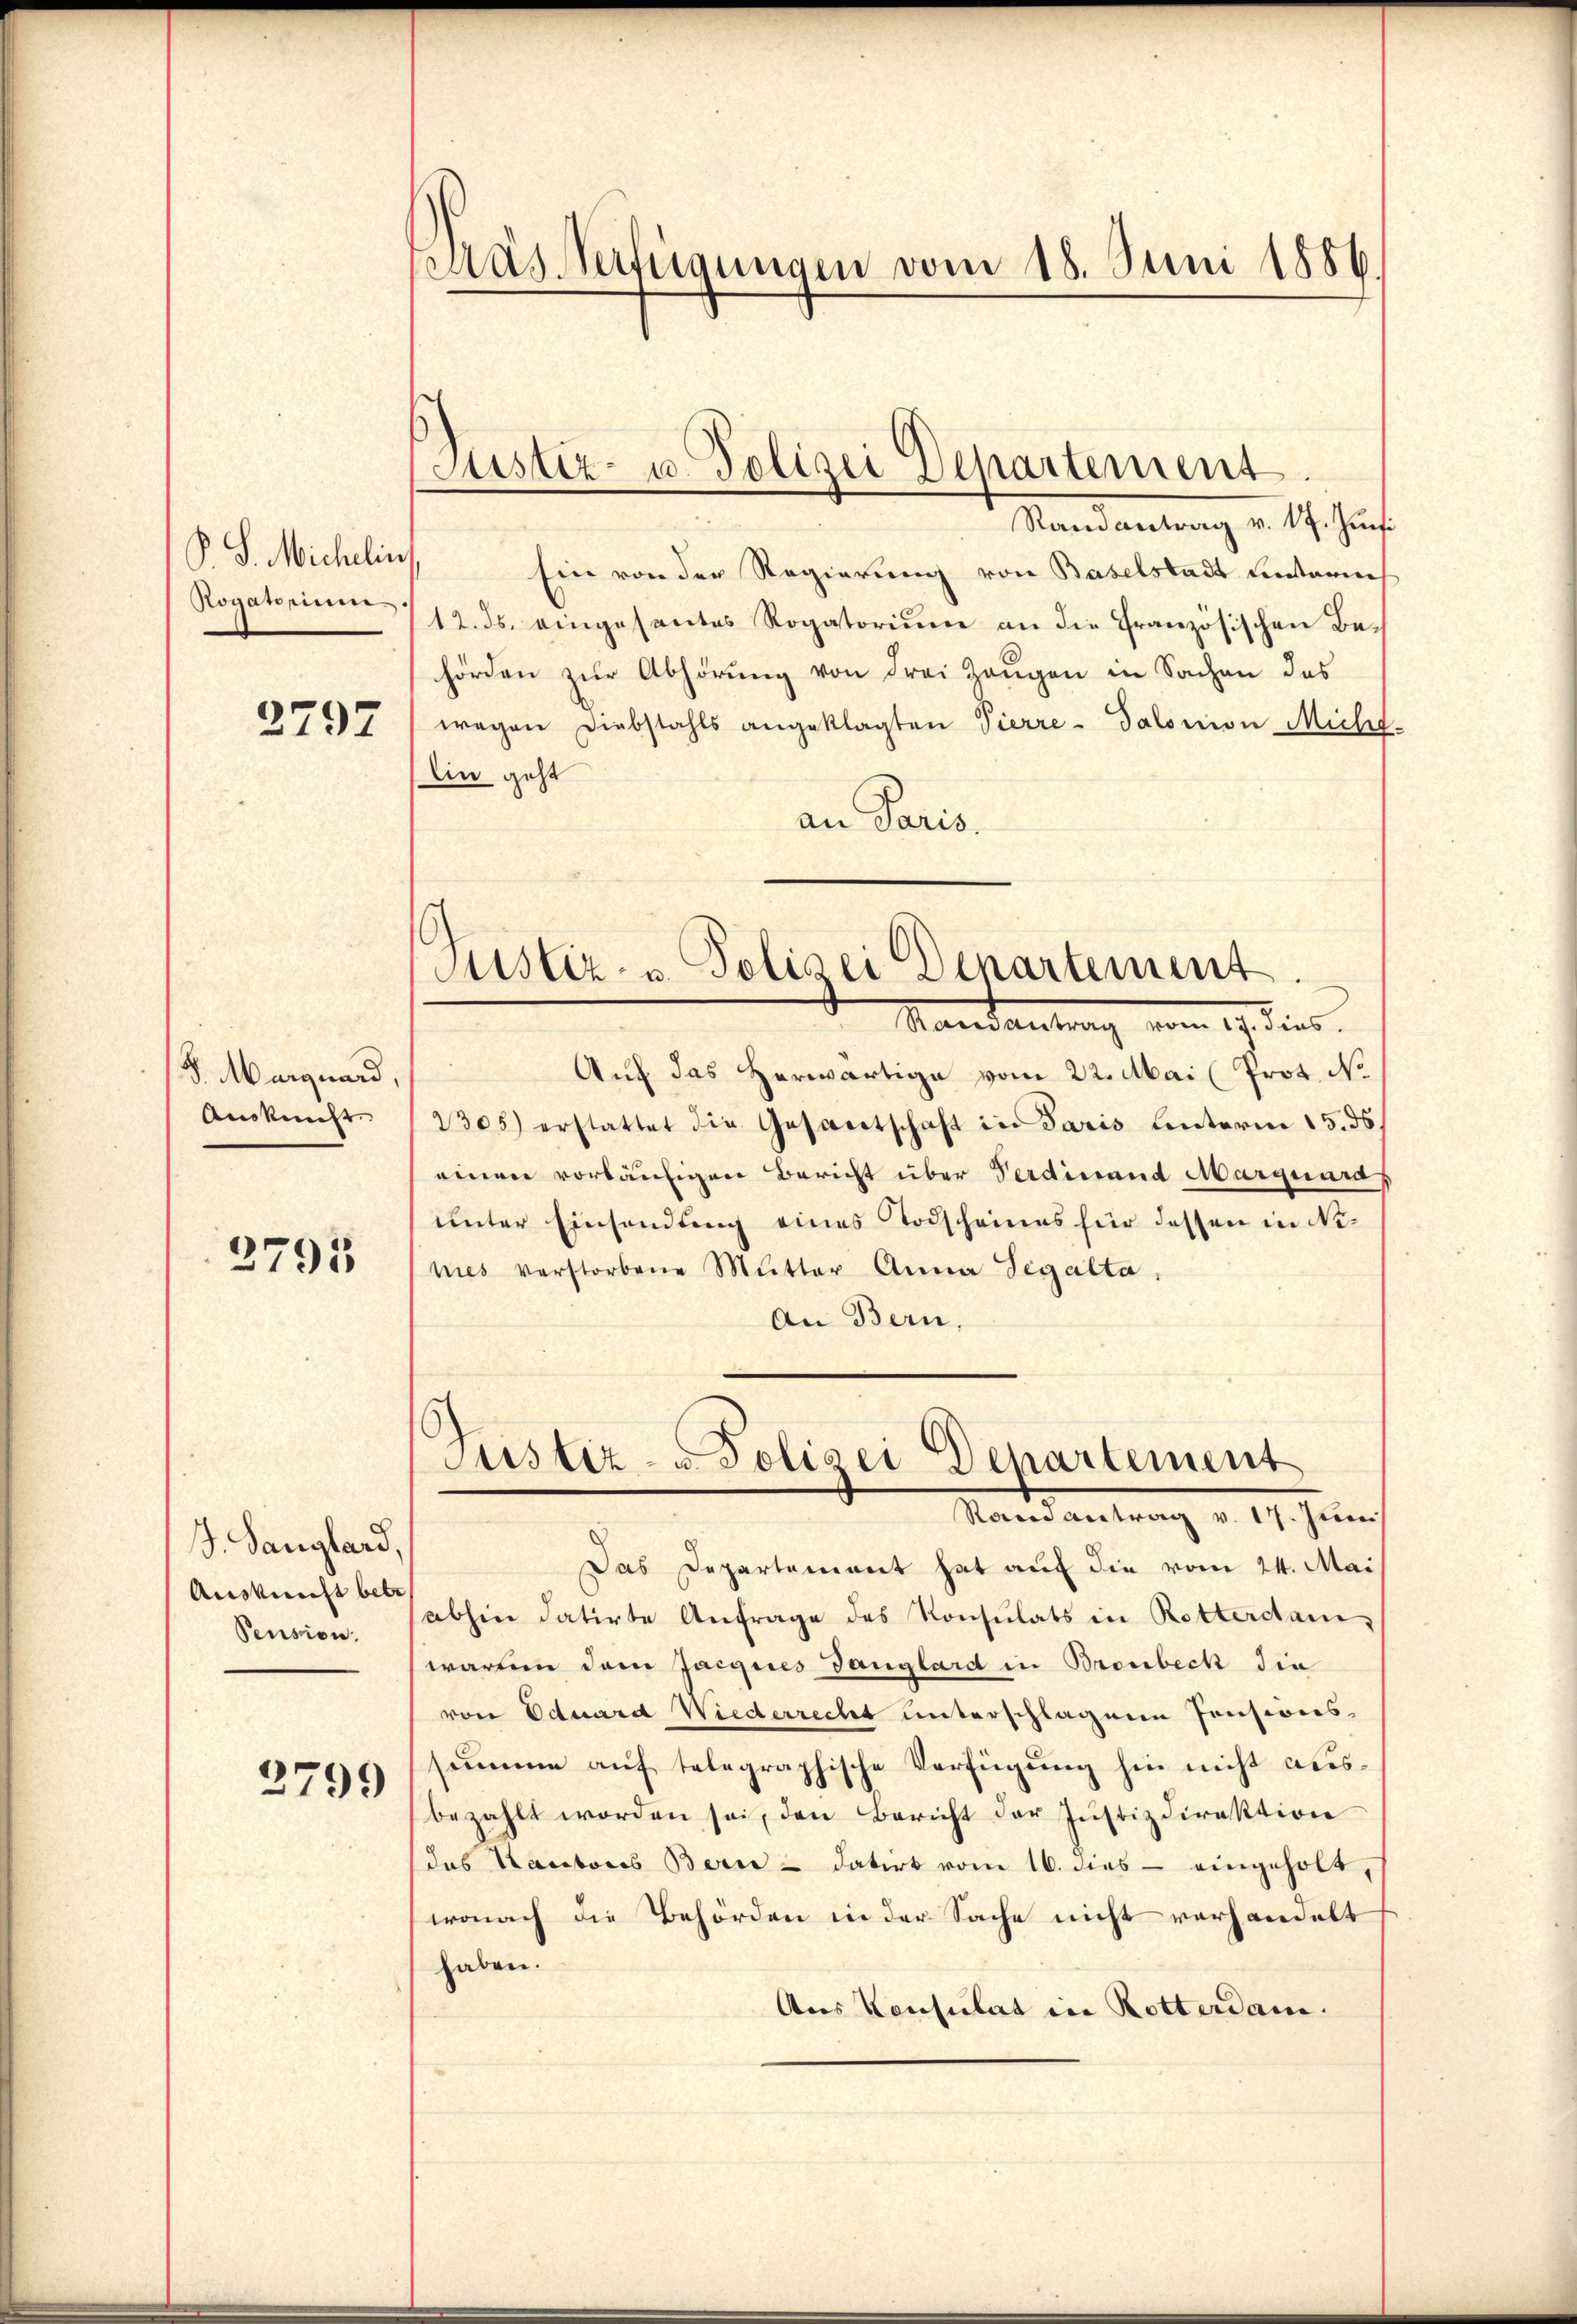
P.S. Michelin
Rogatorium

2797

8. Marguard,
Auskunft

2795

J. Langhard.
Auskunft betr
Pension.

2799

das Verfügungen vom 18. Juni 1886

Justiz- u. Polizei Departement.

Justiz- u Polizei Departement.
Mandantung von dies

Randantrag v. 17. Jun.
Ein von der Regierung von Baselstadt unterm
12. ds. eingesantes Rogatorium an die Französischen Behörden zur Abhörung von drei Zeugen in Sachen des
wegen Diebstahls angeklagten Vierre - Salomon Mich
lin geht
an Paris.
Auf das Herwärtige vom 22. Mai (Prot. No
2305) erstattet die Gesantschaft in Paris unterm 15. ds
einen vorläufigen Bericht über Verdinand Marquard
unter Einsendung eines Todscheines für dessen in Ninies verstorbene Mutter Anna Segalta,
An Bern,
Justiz- u Polizei Departement
Mandantung v. 19. Jun
Das Departement hat auf die vom 24. Mai
abhin datirte Anfrage des Konsulats in Rotterdam,
warten dem Jacques Ganglard in Bronbeck die
von Eduard Wiederrecht unterschlagene Pensionssumme auf telegraphische Verfügung hin nicht ausbezahlt worden sei, den Bericht der Justizdirektion
das Kantons Bern - datirt vom 16. dies - eingeholt,
wonach die Behörden in der Sache nicht verhandelt
haben.
Aus Konsulat in Rotterdam.